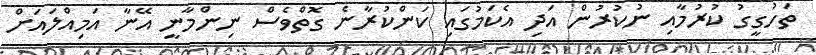
ތަހުގީގު ކުރުމާއި ނުކުރުން އަދި އެކަމުގައި ކަންކުރާނެ ގޮތްވެސް ނިންމާނީ އޭނާ އަމިއްލައަށް